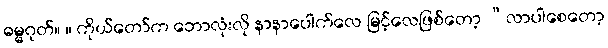
ဓမ္မဂုတ်။ ။ ကိုယ်တော်က ဘောလုံးလို နာနာပေါက်လေ မြင့်လေဖြစ်တော့ “လာပါစေတော့